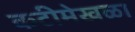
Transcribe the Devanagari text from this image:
कटीमेखळा